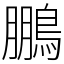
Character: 鵬